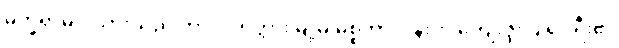
မက္ခရာမင်းသားသည် ကာလကတ္တားမြို့မှ မစ္စတာလိန်းက ကျေးဇူးပြု၍၊ ရီး၏